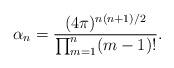
LaTeX: \begin{align*} \alpha_n=\frac{(4\pi)^{n(n+1)/2}}{\prod_{m=1}^n(m-1)!}. \end{align*}